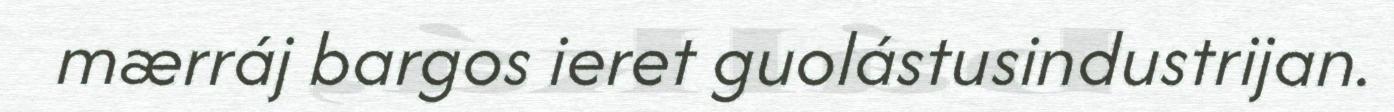
mærráj bargos ieret guolástusindustrijan.